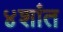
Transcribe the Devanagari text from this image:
४शांत